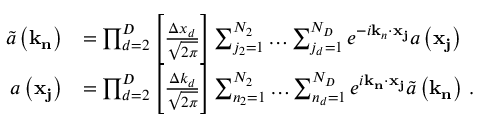
\begin{array} { r l } { \tilde { a } \left( \mathbf { k } _ { \mathbf { n } } \right) } & { = \prod _ { d = 2 } ^ { D } \left[ \frac { \Delta x _ { d } } { \sqrt { 2 \pi } } \right] \sum _ { j _ { 2 } = 1 } ^ { N _ { 2 } } \ldots \sum _ { j _ { d } = 1 } ^ { N _ { D } } e ^ { - i \mathbf { k } _ { n } \cdot \mathbf { x } _ { \mathbf { j } } } a \left( \mathbf { x } _ { \mathbf { j } } \right) \, } \\ { a \left( \mathbf { x } _ { \mathbf { j } } \right) } & { = \prod _ { d = 2 } ^ { D } \left[ \frac { \Delta k _ { d } } { \sqrt { 2 \pi } } \right] \sum _ { n _ { 2 } = 1 } ^ { N _ { 2 } } \ldots \sum _ { n _ { d } = 1 } ^ { N _ { D } } e ^ { i \mathbf { k } _ { \mathbf { n } } \cdot \mathbf { x } _ { \mathbf { j } } } \tilde { a } \left( \mathbf { k } _ { \mathbf { n } } \right) \, . } \end{array}